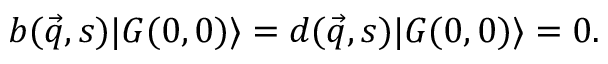
b ( \vec { q } , s ) | { \cal G } ( 0 , 0 ) \rangle = d ( \vec { q } , s ) | { \cal G } ( 0 , 0 ) \rangle = 0 .